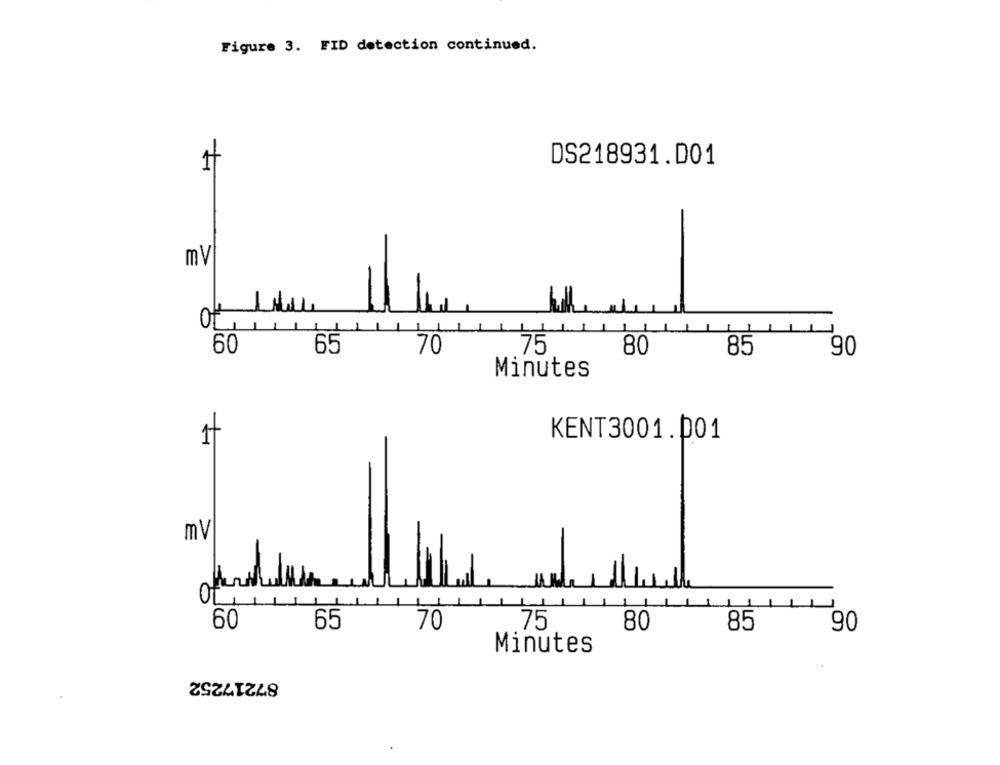
Figure 3. FID detection continued.
DS218931.D01
mV
60
65
70
75
80
85
90
Minutes
1
KENT3001.001
mV
other
60
65
70
75
80
85
90
Minutes
87217252